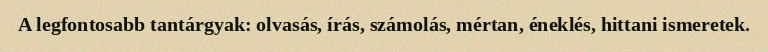
A legfontosabb tantárgyak: olvasás, írás, számolás, mértan, éneklés, hittani ismeretek.